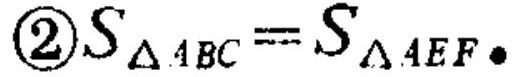
$\textcircled{2}S_{\triangle ABC}=S_{\triangle AEF}.$